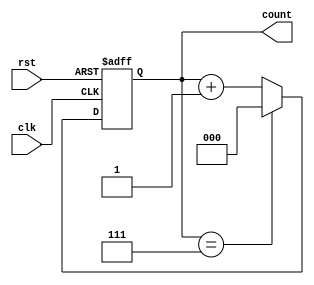
module up_counter_moore (
    input wire clk,        // Clock signal
    input wire rst,       // Asynchronous reset signal
    output reg [2:0] count // 3-bit output representing the current count value
);

// State encoding (00 to 111 for a 3-bit counter)
always @(posedge clk or posedge rst) begin
    if (rst) begin
        count <= 3'b000; // Reset to state 0
    end else begin
        count <= (count == 3'b111) ? 3'b000 : count + 1; // Increment count and wrap around
    end
end

endmodule